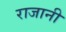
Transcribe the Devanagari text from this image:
राजानी